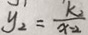
y _ { 2 } = \frac { k _ { 2 } } { x - 2 }